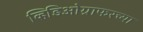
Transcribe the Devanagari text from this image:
व्हिडिओग्राफरच्या